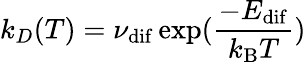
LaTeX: k_{D}(T)=\nu_{\mathrm{dif}}\exp(\frac{-E_{\mathrm{dif}}}{k_{\mathrm{B}}T})